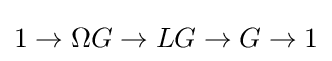
1\to \Omega G\to LG\to G\to 1